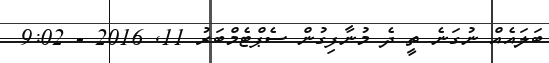
ބަލައެއް ނުގަނެ ތީ ދެ މުނާފިގުން ސެޕްޓެމްބަރު 11